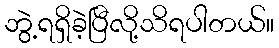
ဘွဲ့ရရှိခဲ့ပြီလို့သိရပါတယ်။